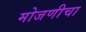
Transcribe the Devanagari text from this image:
मोजणीचा